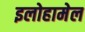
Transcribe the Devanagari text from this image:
इलोहामेल